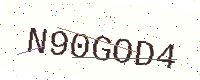
Text: N90GOD4